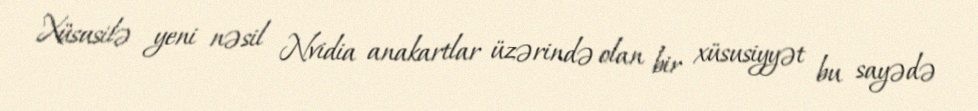
Xüsusilə yeni nəsil Nvidia anakartlar üzərində olan bir xüsusiyyət bu sayədə